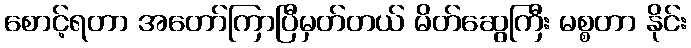
စောင့်ရတာ အတော်ကြာပြီမှတ်တယ် မိတ်ဆွေကြီး မစ္စတာ နိုင်း